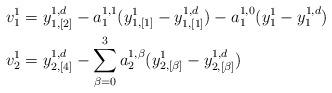
LaTeX: \begin{align*}v_{1}^{1} & =y_{1,[2]}^{1,d}-a_{1}^{1,1}(y_{1,[1]}^{1}-y_{1,[1]}^{1,d})-a_{1}^{1,0}(y_{1}^{1}-y_{1}^{1,d})\\v_{2}^{1} & =y_{2,[4]}^{1,d}-\sum_{\beta=0}^{3}a_{2}^{1,\beta}(y_{2,[\beta]}^{1}-y_{2,[\beta]}^{1,d})\end{align*}